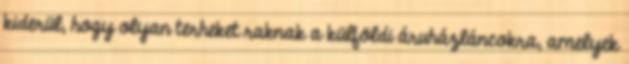
kiderül, hogy olyan terheket raknak a külföldi áruházláncokra, amelyek